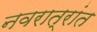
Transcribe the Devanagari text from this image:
नवरात्रांत